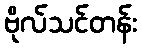
ဗိုလ်သင်တန်း